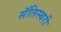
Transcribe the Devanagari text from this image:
सॅलिस्बरी